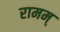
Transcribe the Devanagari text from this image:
रामम्